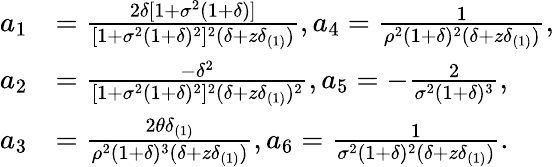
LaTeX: \begin{array}{rl}{a_{1}}&{=\frac{2\delta[1+\sigma^{2}(1+\delta)]}{[1+\sigma^{2}(1+\delta)^{2}]^{2}(\delta+z\delta_{(1)})},a_{4}=\frac{1}{\rho^{2}(1+\delta)^{2}(\delta+z\delta_{(1)})},}\\ {a_{2}}&{=\frac{-\delta^{2}}{[1+\sigma^{2}(1+\delta)^{2}]^{2}(\delta+z\delta_{(1)})^{2}},a_{5}=-\frac{2}{\sigma^{2}(1+\delta)^{3}},}\\ {a_{3}}&{=\frac{2\theta\delta_{(1)}}{\rho^{2}(1+\delta)^{3}(\delta+z\delta_{(1)})},a_{6}=\frac{1}{\sigma^{2}(1+\delta)^{2}(\delta+z\delta_{(1)})}.}\end{array}